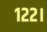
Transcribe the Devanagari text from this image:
१२२।